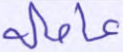
عاملة